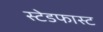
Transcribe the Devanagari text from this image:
स्टेडफास्ट